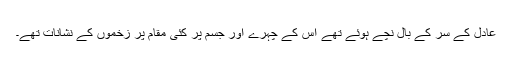
عادل کے سر کے بال نچے ہوئے تھے اُس کے چہرے اور جسم پر کئی مقام پر زخموں کے نشانات تھے۔